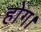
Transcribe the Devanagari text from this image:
होग।